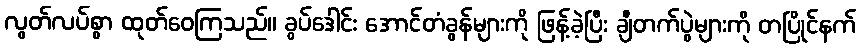
လွတ်လပ်စွာ ထုတ်ဝေကြသည်။ ခွပ်ဒေါင်း အောင်တံခွန်များကို ဖြန့်ခဲ့ပြီး ချီတက်ပွဲများကို တပြိုင်နက်